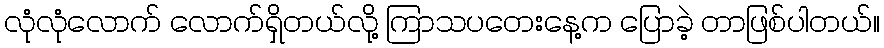
လုံလုံလောက် လောက်ရှိတယ်လို့ ကြာသပတေးနေ့က ပြောခဲ့ တာဖြစ်ပါတယ်။